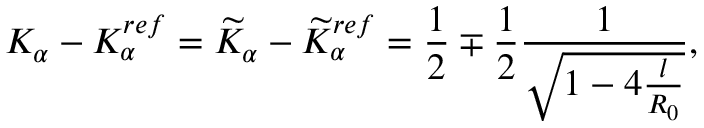
K _ { \alpha } - K _ { \alpha } ^ { r e f } = \widetilde { K } _ { \alpha } - \widetilde { K } _ { \alpha } ^ { r e f } = \frac { 1 } { 2 } \mp \frac { 1 } { 2 } \frac { 1 } { \sqrt { 1 - 4 \frac { l } { R _ { 0 } } } } ,